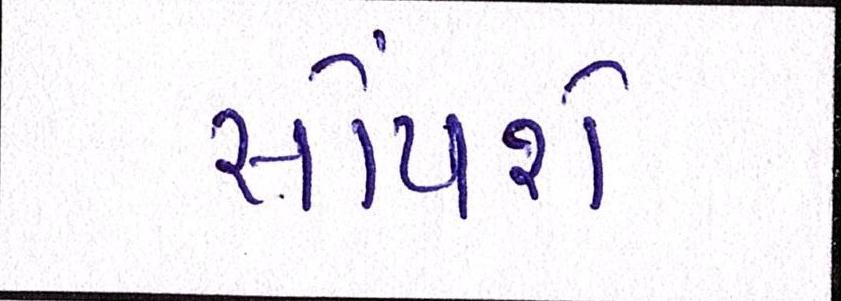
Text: સોંપશે